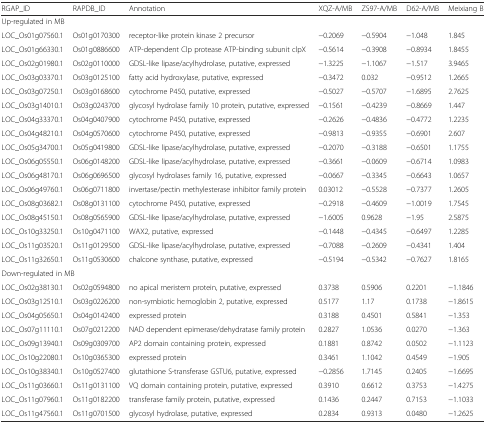
<table><thead><tr><td><b>RGAP_ID</b></td><td><b>RAPDB_ID</b></td><td><b>Annotation</b></td><td><b>XQZ-A/MB</b></td><td><b>ZS97-A/MB</b></td><td><b>D62-A/MB</b></td><td><b>Meixiang B</b></td></tr></thead><tbody><tr><td colspan="2">Up-regulated in MB</td><td></td><td></td><td></td><td></td><td></td></tr><tr><td>LOC_Os01g07560.1</td><td>Os01g0170300</td><td>receptor-like protein kinase 2 precursor</td><td>−0.2069</td><td>−0.5904</td><td>−1.048</td><td>1.845</td></tr><tr><td>LOC_Os01g66330.1</td><td>Os01g0886600</td><td>ATP-dependent Clp protease ATP-binding subunit clpX</td><td>−0.5614</td><td>−0.3908</td><td>−0.8934</td><td>1.8455</td></tr><tr><td>LOC_Os02g01980.1</td><td>Os02g0110000</td><td>GDSL-like lipase/acylhydrolase, putative, expressed</td><td>−1.3225</td><td>−1.1067</td><td>−1.517</td><td>3.9465</td></tr><tr><td>LOC_Os03g03370.1</td><td>Os03g0125100</td><td>fatty acid hydroxylase, putative, expressed</td><td>−0.3472</td><td>0.032</td><td>−0.9512</td><td>1.2665</td></tr><tr><td>LOC_Os03g07250.1</td><td>Os03g0168600</td><td>cytochrome P450, putative, expressed</td><td>−0.5027</td><td>−0.5707</td><td>−1.6895</td><td>2.7625</td></tr><tr><td>LOC_Os03g14010.1</td><td>Os03g0243700</td><td>glycosyl hydrolase family 10 protein, putative, expressed</td><td>−0.1561</td><td>−0.4239</td><td>−0.8669</td><td>1.447</td></tr><tr><td>LOC_Os04g33370.1</td><td>Os04g0407900</td><td>cytochrome P450, putative, expressed</td><td>−0.2626</td><td>−0.4836</td><td>−0.4772</td><td>1.2235</td></tr><tr><td>LOC_Os04g48210.1</td><td>Os04g0570600</td><td>cytochrome P450, putative, expressed</td><td>−0.9813</td><td>−0.9355</td><td>−0.6901</td><td>2.607</td></tr><tr><td>LOC_Os05g34700.1</td><td>Os05g0419800</td><td>GDSL-like lipase/acylhydrolase, putative, expressed</td><td>−0.2070</td><td>−0.3188</td><td>−0.6501</td><td>1.1755</td></tr><tr><td>LOC_Os06g05550.1</td><td>Os06g0148200</td><td>GDSL-like lipase/acylhydrolase, putative, expressed</td><td>−0.3661</td><td>−0.0609</td><td>−0.6714</td><td>1.0983</td></tr><tr><td>LOC_Os06g48170.1</td><td>Os06g0696500</td><td>glycosyl hydrolases family 16, putative, expressed</td><td>−0.0667</td><td>−0.3345</td><td>−0.6643</td><td>1.0657</td></tr><tr><td>LOC_Os06g49760.1</td><td>Os06g0711800</td><td>invertase/pectin methylesterase inhibitor family protein</td><td>0.03012</td><td>−0.5528</td><td>−0.7377</td><td>1.2605</td></tr><tr><td>LOC_Os08g03682.1</td><td>Os08g0131100</td><td>cytochrome P450, putative, expressed</td><td>−0.2918</td><td>−0.4609</td><td>−1.0019</td><td>1.7545</td></tr><tr><td>LOC_Os08g45150.1</td><td>Os08g0565900</td><td>GDSL-like lipase/acylhydrolase, putative, expressed</td><td>−1.6005</td><td>0.9628</td><td>−1.95</td><td>2.5875</td></tr><tr><td>LOC_Os10g33250.1</td><td>Os10g0471100</td><td>WAX2, putative, expressed</td><td>−0.1448</td><td>−0.4345</td><td>−0.6497</td><td>1.2285</td></tr><tr><td>LOC_Os11g03520.1</td><td>Os11g0129500</td><td>GDSL-like lipase/acylhydrolase, putative, expressed</td><td>−0.7088</td><td>−0.2609</td><td>−0.4341</td><td>1.404</td></tr><tr><td>LOC_Os11g32650.1</td><td>Os11g0530600</td><td>chalcone synthase, putative, expressed</td><td>−0.5194</td><td>−0.5342</td><td>−0.7627</td><td>1.8165</td></tr><tr><td colspan="2">Down-regulated in MB</td><td></td><td></td><td></td><td></td><td></td></tr><tr><td>LOC_Os02g38130.1</td><td>Os02g0594800</td><td>no apical meristem protein, putative, expressed</td><td>0.3738</td><td>0.5906</td><td>0.2201</td><td>−1.1846</td></tr><tr><td>LOC_Os03g12510.1</td><td>Os03g0226200</td><td>non-symbiotic hemoglobin 2, putative, expressed</td><td>0.5177</td><td>1.17</td><td>0.1738</td><td>−1.8615</td></tr><tr><td>LOC_Os04g05650.1</td><td>Os04g0142400</td><td>expressed protein</td><td>0.3188</td><td>0.4501</td><td>0.5841</td><td>−1.353</td></tr><tr><td>LOC_Os07g11110.1</td><td>Os07g0212200</td><td>NAD dependent epimerase/dehydratase family protein</td><td>0.2827</td><td>1.0536</td><td>0.0270</td><td>−1.363</td></tr><tr><td>LOC_Os09g13940.1</td><td>Os09g0309700</td><td>AP2 domain containing protein, expressed</td><td>0.1881</td><td>0.8742</td><td>0.0502</td><td>−1.1123</td></tr><tr><td>LOC_Os10g22080.1</td><td>Os10g0365300</td><td>expressed protein</td><td>0.3461</td><td>1.1042</td><td>0.4549</td><td>−1.905</td></tr><tr><td>LOC_Os10g38340.1</td><td>Os10g0527400</td><td>glutathione S-transferase GSTU6, putative, expressed</td><td>−0.2856</td><td>1.7145</td><td>0.2405</td><td>−1.6695</td></tr><tr><td>LOC_Os11g03660.1</td><td>Os11g0131100</td><td>VQ domain containing protein, putative, expressed</td><td>0.3910</td><td>0.6612</td><td>0.3753</td><td>−1.4275</td></tr><tr><td>LOC_Os11g07960.1</td><td>Os11g0182200</td><td>transferase family protein, putative, expressed</td><td>0.1436</td><td>0.2447</td><td>0.7153</td><td>−1.1033</td></tr><tr><td>LOC_Os11g47560.1</td><td>Os11g0701500</td><td>glycosyl hydrolase, putative, expressed</td><td>0.2834</td><td>0.9313</td><td>0.0480</td><td>−1.2625</td></tr></tbody></table>